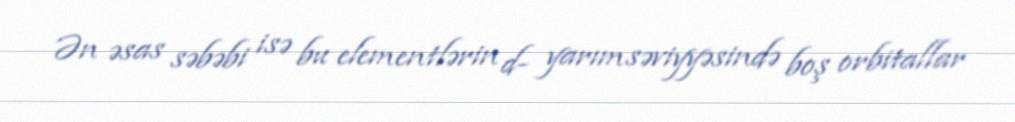
Ən əsas səbəbi isə bu elementlərin d- yarımsəviyyəsində boş orbitallar